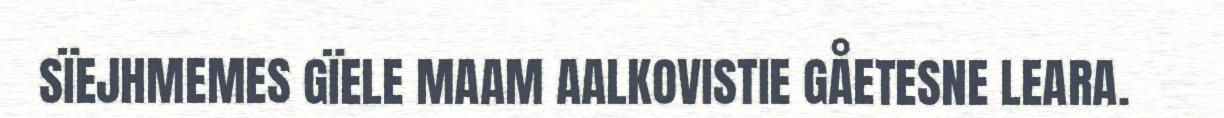
SÏEJHMEMES GÏELE MAAM AALKOVISTIE GÅETESNE LEARA.